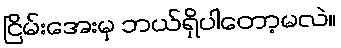
ငြိမ်းအေးမှ ဘယ်ရှိပါတော့မလဲ။